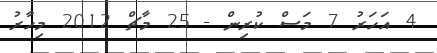
4 އަހަރު 7 މަސް ކުރިން - 25 މާޗް 2012 މިހާރު